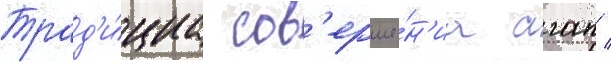
Трад'и́циа сов'ерше́н'иа агап /